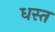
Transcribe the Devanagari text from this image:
धस्त